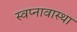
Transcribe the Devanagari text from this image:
स्वप्नावास्था